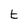
Character: k